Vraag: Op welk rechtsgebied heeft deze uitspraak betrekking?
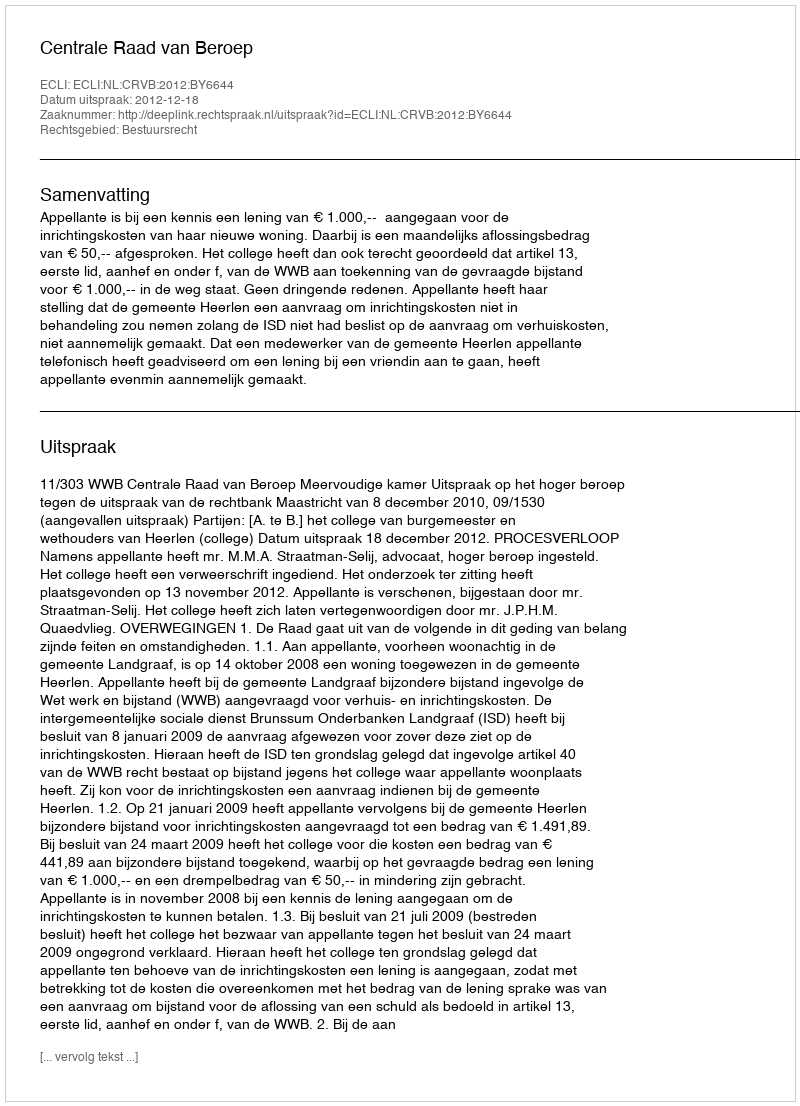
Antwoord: Bestuursrecht